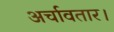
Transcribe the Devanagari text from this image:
अर्चावतार।